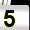
Digit: 5